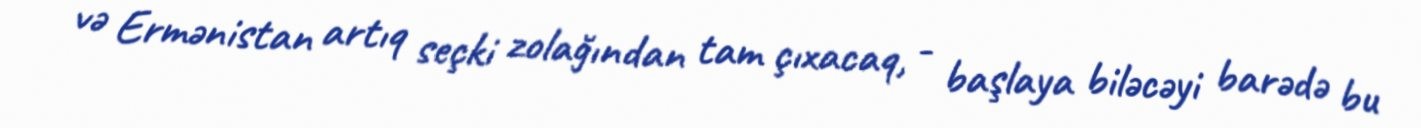
və Ermənistan artıq seçki zolağından tam çıxacaq, - başlaya biləcəyi barədə bu